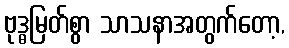
ဗုဒ္ဓမြတ်စွာ သာသနာအတွက်တော့,